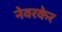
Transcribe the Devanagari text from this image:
नेवरकेर